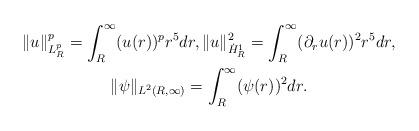
LaTeX: \begin{gather*}\|u\|^p_{L^p_R}=\int_{R}^{\infty} (u(r))^pr^5dr,\|u\|^2_{\dot{H}^1_R}=\int_{R}^{\infty}(\partial_ru(r))^2r^5dr,\\\|\psi\|_{L^2(R,\infty)}=\int_{R}^{\infty}(\psi(r))^2dr.\end{gather*}